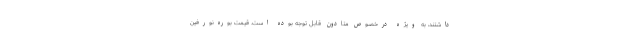
داشتند، به ویژه درخصوص متادون قابل توجه بوده است. قیمت بوره‌نورفین